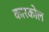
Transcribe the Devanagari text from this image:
कारकोल